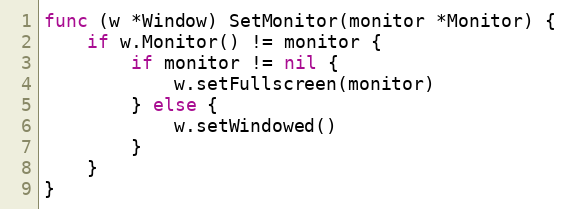
Language: Go
func (w *Window) SetMonitor(monitor *Monitor) {
	if w.Monitor() != monitor {
		if monitor != nil {
			w.setFullscreen(monitor)
		} else {
			w.setWindowed()
		}
	}
}